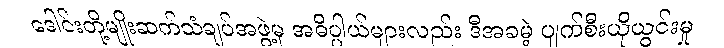
ဒေါင်းတို့မျိုးဆက်သံချပ်အဖွဲ့မှ အဓိပ္ပါယ်များလည်း ဒီအခမဲ့ ပျက်စီးယိုယွင်းမှု